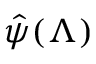
\hat { \psi } ( \Lambda )